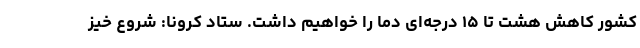
کشور کاهش هشت تا ۱۵ درجه‌ای دما را خواهیم داشت. ستاد کرونا: شروع خیز